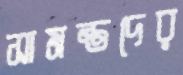
সামন্তদের